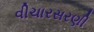
વીચારસરણી